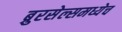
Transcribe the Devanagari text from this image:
ब्रुरसेल्समध्येच